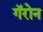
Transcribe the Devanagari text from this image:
गॅरोन